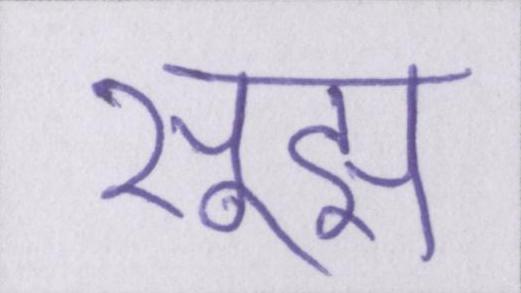
सूझ